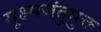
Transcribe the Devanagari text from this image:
सूक्ष्मजंतुमुक्त